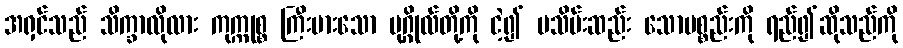
အရှင်သည် သိက္ခာလိုလား ကုက္ကုစ္စ ကြီးမားသော ပုဂ္ဂိုလ်တို့ကို ငဲ့၍ မသိမ်းဆည်း သောပစ္စည်းကို ရည်၍ဆိုသည်ကို